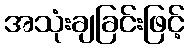
အသုံးချခြင်းဖြင့်